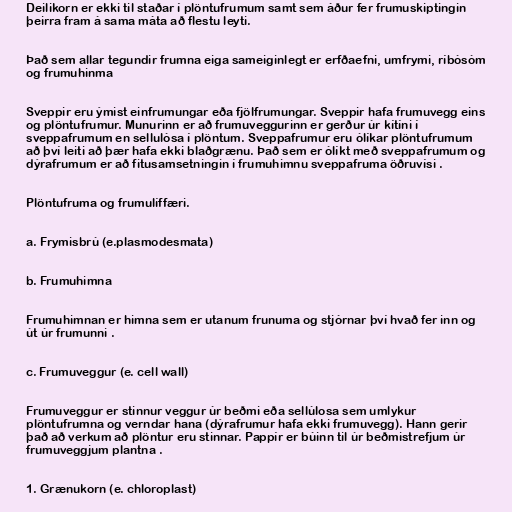
Deilikorn er ekki til staðar í plöntufrumum samt sem áður fer frumuskiptingin
þeirra fram á sama máta að flestu leyti.

Það sem allar tegundir frumna eiga sameiginlegt er erfðaefni, umfrymi, ríbósóm
og frumuhinma

Sveppir eru ýmist einfrumungar eða fjölfrumungar. Sveppir hafa frumuvegg eins
og plöntufrumur. Munurinn er að frumuveggurinn er gerður úr kítíni í
sveppafrumum en sellulósa í plöntum. Sveppafrumur eru ólíkar plöntufrumum
að því leiti að þær hafa ekki blaðgrænu. Það sem er ólíkt með sveppafrumum og
dýrafrumum er að fitusamsetningin í frumuhimnu sveppafruma öðruvísi .

Plöntufruma og frumulíffæri.

a. Frymisbrú (e.plasmodesmata)

b. Frumuhimna

Frumuhimnan er himna sem er utanum frunuma og stjórnar því hvað fer inn og
út úr frumunni .

c. Frumuveggur (e. cell wall)

Frumuveggur er stinnur veggur úr beðmi eða sellúlosa sem umlykur
plöntufrumna og verndar hana (dýrafrumur hafa ekki frumuvegg). Hann gerir
það að verkum að plöntur eru stinnar. Pappír er búinn til úr beðmistrefjum úr
frumuveggjum plantna .

1. Grænukorn (e. chloroplast)